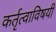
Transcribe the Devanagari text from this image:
कर्तृत्वाविषयी